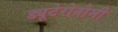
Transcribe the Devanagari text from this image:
ड्यूटेरोनौमी